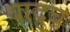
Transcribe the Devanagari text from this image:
यादुब